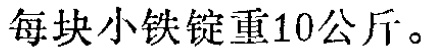
每块小铁锭重10公斤。